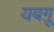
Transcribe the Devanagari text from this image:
यबग़ू